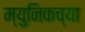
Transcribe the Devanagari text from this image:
म्युनिकच्या